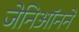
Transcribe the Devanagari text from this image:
जेनिऑनने